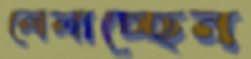
লেলাচ্ছেন